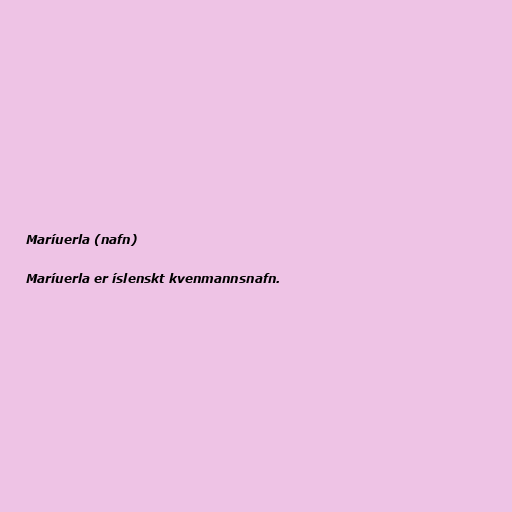
Maríuerla (nafn)

Maríuerla er íslenskt kvenmannsnafn.